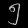
Digit: ၅